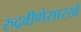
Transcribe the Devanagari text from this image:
रुद्रवीणेसारखे